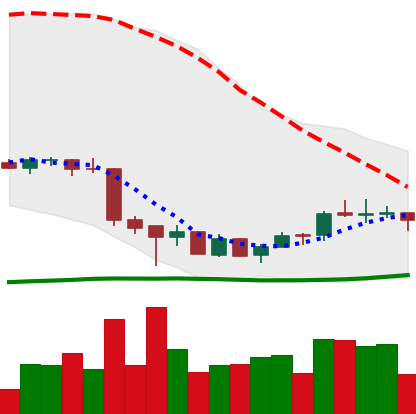
Ticker: EOS-USD
Chart end date: 2018-07-06
Forward return: -17.185%
Label: down_7plus